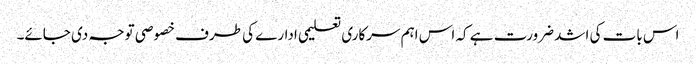
اس بات کی اشد ضرورت ہے کہ اس اہم سرکاری تعلیمی ادارے کی طرف خصوصی توجہ دی جائے۔